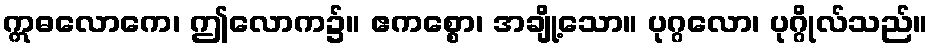
ဣဓလောကေ၊ ဤလောက၌။ ဧကစ္စော၊ အချို့သော။ ပုဂ္ဂလော၊ ပုဂ္ဂိုလ်သည်။